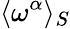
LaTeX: \langle\omega^{\alpha}\rangle_{S}